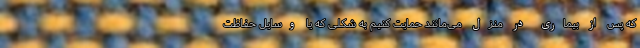
که پس از بیماری در منزل می‌مانند حمایت کنیم به شکلی که یا وسایل حفاظت